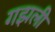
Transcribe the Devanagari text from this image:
गझली